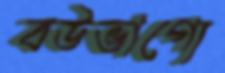
বউভাগ্যে